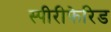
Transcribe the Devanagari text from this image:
स्पीरीफेरिड